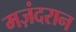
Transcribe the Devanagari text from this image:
मज़ंदरान